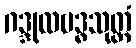
ဂဒ္ဒုလဗဒ္ဓသုတ္တံ